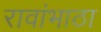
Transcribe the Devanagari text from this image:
रावांभाठा